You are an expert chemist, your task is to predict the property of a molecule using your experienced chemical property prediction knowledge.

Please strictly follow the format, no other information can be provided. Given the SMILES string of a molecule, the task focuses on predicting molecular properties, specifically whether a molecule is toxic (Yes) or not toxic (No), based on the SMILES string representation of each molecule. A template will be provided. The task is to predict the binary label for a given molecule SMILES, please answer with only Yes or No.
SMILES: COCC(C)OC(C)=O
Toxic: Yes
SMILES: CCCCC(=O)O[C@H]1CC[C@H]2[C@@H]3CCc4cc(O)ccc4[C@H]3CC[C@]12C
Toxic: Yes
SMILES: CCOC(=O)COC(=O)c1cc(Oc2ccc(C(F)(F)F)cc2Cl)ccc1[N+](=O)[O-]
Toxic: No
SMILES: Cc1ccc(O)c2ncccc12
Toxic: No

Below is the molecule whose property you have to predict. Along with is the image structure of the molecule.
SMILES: CC(C)CC(C)(C)C
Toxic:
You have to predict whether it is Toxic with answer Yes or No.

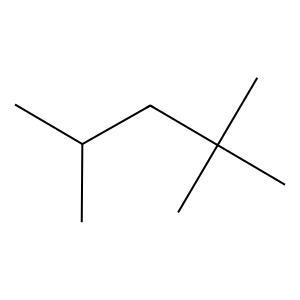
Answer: No